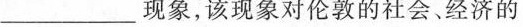
________现象，该现象对伦敦的社会、经济的